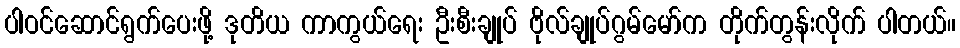
ပါဝင်ဆောင်ရွက်ပေးဖို့ ဒုတိယ ကာကွယ်ရေး ဦးစီးချုပ် ဗိုလ်ချုပ်ဂွမ်မော်က တိုက်တွန်းလိုက် ပါတယ်။